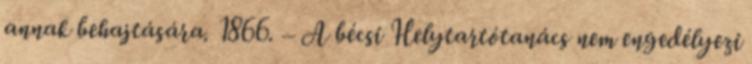
annak behajtására. 1866. – A bécsi Helytartótanács nem engedélyezi